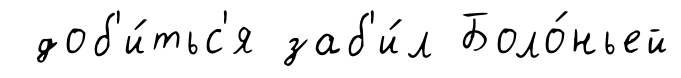
доб'и́тьс'я заб'и́л Боло́ньей